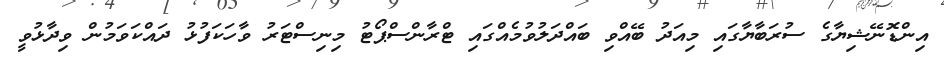
އިންޑޮނޭޝިޔާގެ ސުރަބާޔާގައި މިއަދު ބޭއްވި ބައްދަލުވުމެއްގައި ޓްރާންސްޕޯޓު މިނިސްޓަރު ވާހަކަފުޅު ދައްކަވަމުން ވިދާޅުވީ